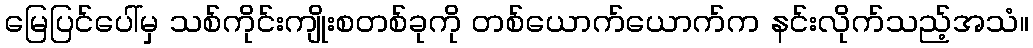
မြေပြင်ပေါ်မှ သစ်ကိုင်းကျိုးစတစ်ခုကို တစ်ယောက်ယောက်က နင်းလိုက်သည့်အသံ။